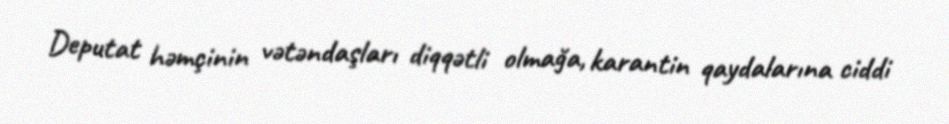
Deputat həmçinin vətəndaşları diqqətli olmağa, karantin qaydalarına ciddi